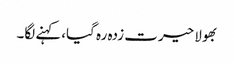
بھولا حیرت زدہ رہ گیا،کہنے لگا۔